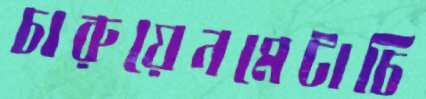
চারুয়েনমেটাচি